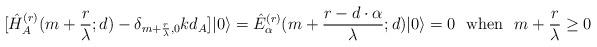
LaTeX: \begin{align*}[\hat{H}_A^{(r)}(m+\frac{r}{\lambda};d)-\delta_{m+\frac{r}{\lambda},0}kd_A]|0\rangle=\hat{E}_\alpha^{(r)}(m+\frac{r-d\cdot\alpha}{\lambda};d)|0\rangle =0 {\textrm{\ \ when\ \ }}m+\frac{r}{\lambda}\geq0\end{align*}